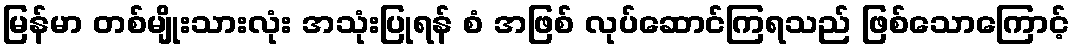
မြန်မာ တစ်မျိုးသားလုံး အသုံးပြုရန် စံ အဖြစ် လုပ်ဆောင်ကြရသည် ဖြစ်သောကြောင့်